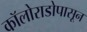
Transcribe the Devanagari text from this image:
कॉलोराडोपासून